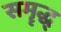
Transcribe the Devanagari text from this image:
समॄद्ध्